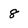
Character: 8